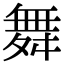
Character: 舞